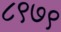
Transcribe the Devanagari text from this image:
८९७९